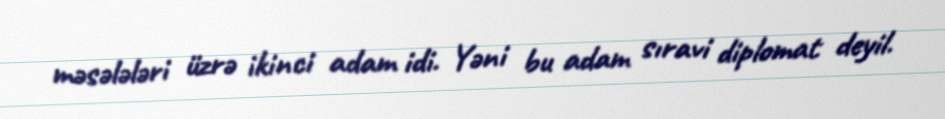
məsələləri üzrə ikinci adam idi. Yəni bu adam sıravi diplomat deyil.